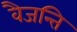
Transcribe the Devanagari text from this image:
वैजन्ति